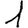
Digit: 1